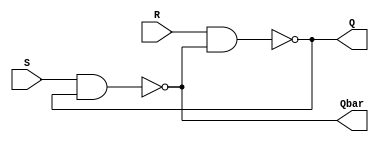
`timescale 1ns / 1ps
//////////////////////////////////////////////////////////////////////////////////
// Company: IISc 
// 
//////////////////////////////////////////////////////////////////////////////////


module sr_latch(R, S, Q, Qbar);
input R, S;
output Q, Qbar;

assign Q = ~(R & Qbar);
assign Qbar = ~(S & Q);
endmodule